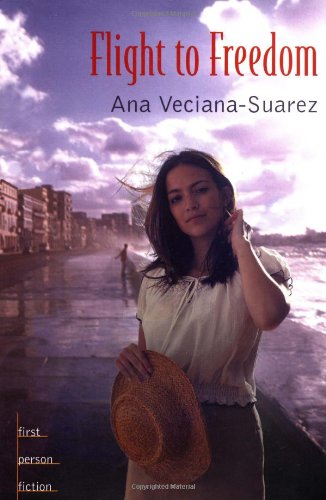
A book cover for Flight to Freedom (First Person Fiction); Ana Veciana-Suarez; Teen & Young Adult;